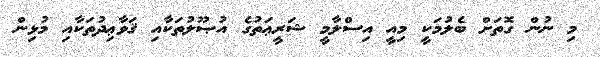
މި ނުން ގޮތަށް ބެލުމަކީ މިއީ އިސްލާމީ ޝަރީޢަތުގެ އުޞޫލުތަކާއި ޤަވާޢިދުތަކާއި މުޅިން